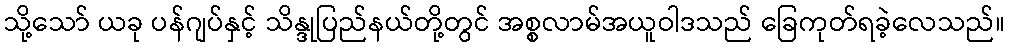
သို့သော် ယခု ပန်ဂျပ်နှင့် သိန္ဒုပြည်နယ်တို့တွင် အစ္စလာမ်အယူဝါဒသည် ခြေကုတ်ရခဲ့လေသည်။